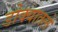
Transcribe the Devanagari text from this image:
डोक्यातले